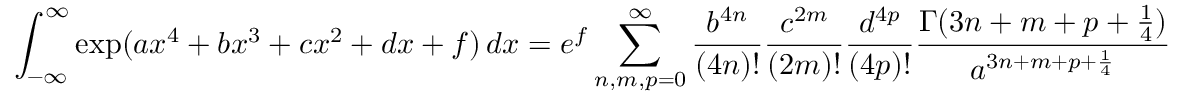
\int _ { - \infty } ^ { \infty } \exp ( { a x ^ { 4 } + b x ^ { 3 } + c x ^ { 2 } + d x + f } ) \, d x = e ^ { f } \sum _ { n , m , p = 0 } ^ { \infty } { \frac { b ^ { 4 n } } { ( 4 n ) ! } } { \frac { c ^ { 2 m } } { ( 2 m ) ! } } { \frac { d ^ { 4 p } } { ( 4 p ) ! } } { \frac { \Gamma ( 3 n + m + p + { \frac { 1 } { 4 } } ) } { a ^ { 3 n + m + p + { \frac { 1 } { 4 } } } } }